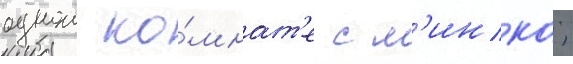
однои ко́мнат'е с м'инко;